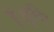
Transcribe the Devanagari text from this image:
हैं।दृष्टि